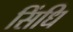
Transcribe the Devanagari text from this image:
सिंधि